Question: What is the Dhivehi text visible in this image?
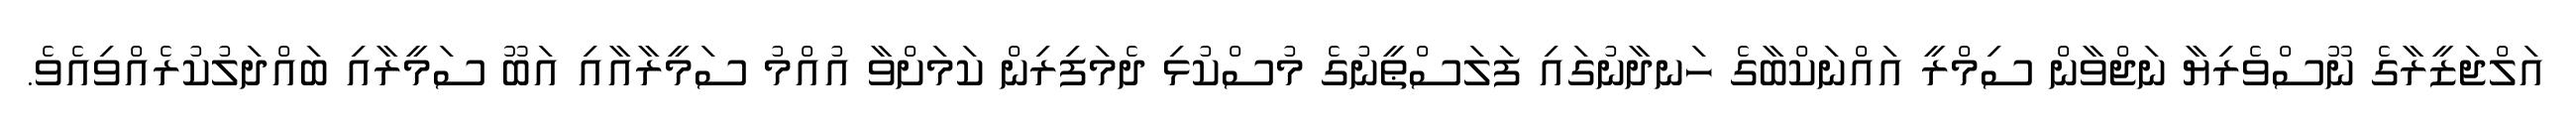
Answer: އަލްޖަޒީރާގެ ނޫސްވެރިޔާ ނަޖްވާން ސިމްރީ އައްނަކްބާގެ ހަނދާނުގައި ފަލަސްޠީނުގެ މުސްކުޅި ދެމަފިރިން ކަމަށްވާ އުއްމު ސަމީރާއާއި އަބޫ ސަމީރާއި ބައްދަލުކުރެއްވިއެވެ.